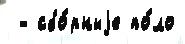
 - сбо́рныjе по́ло